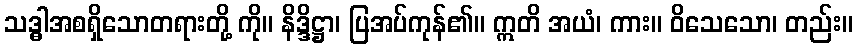
သဒ္ဓါအစရှိသောတရားတို့ ကို။ နိဒ္ဒိဋ္ဌာ၊ ပြအပ်ကုန်၏။ ဣတိ အယံ၊ ကား။ ဝိသေသော၊ တည်း။